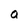
Character: o